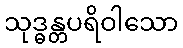
သုဒ္ဓန္တပရိဝါသော